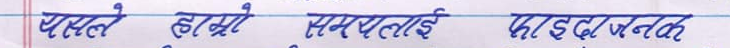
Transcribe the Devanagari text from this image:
यस्तै हाम्रो सफलतालाई फाइदाजनक